Senior Leaving Certificate Examination (including Day School Certificate (Higher) General paper), 1949
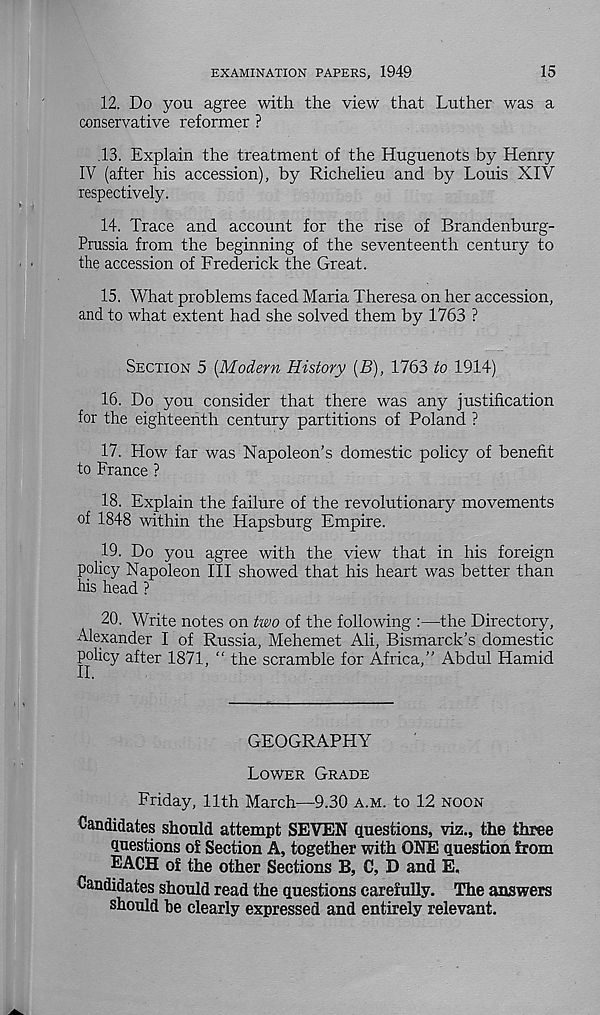
EXAMINATION PAPERS, 1949
15
12. Do you agree with the view that Luther was a
conservative reformer ?
.13. Explain the treatment of the Huguenots by Henry
IV (after his accession), by Richelieu and by Louis XIV
respectively.
14. Trace and account for the rise of Brandenburg-
Prussia from the beginning of the seventeenth century to
the accession of Frederick the Great.
15. What problems faced Maria Theresa on her accession,
and to what extent had she solved them by 1763 ?
SECTION 5 [Modern History [B), 1763 to 1914)
16. Do you consider that there was any justification
for the eighteenth century partitions of Poland ?
17. How far was Napoleon’s domestic policy of benefit
to France ?
18. Explain the failure of the revolutionary movements
of 1848 within the Hapsburg Empire.
19. Do you agree with the view that in his foreign
policy Napoleon III showed that his heart was better than
his head ?
20. Write notes on two of the following :—the Directory,
Alexander I of Russia, Mehemet Ali, Bismarck’s domestic
policy after 1871, “ the scramble for Africa,” Abdul Hamid
GEOGRAPHY
LOWER GRADE
Friday, 11th March—9.30 A.M. to 12 NOON
Candidates should attempt SEVEN questions, viz., the three
questions o£ Section A, together with ONE question from
EACH of the other Sections B, C, D and E,
Candidates should read the questions carefully. The answers
should he clearly expressed and entirely relevant.